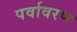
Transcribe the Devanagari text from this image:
पर्वावरण